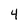
Character: 4